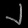
Digit: ၂